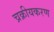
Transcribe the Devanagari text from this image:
च्रक्रीयकरण